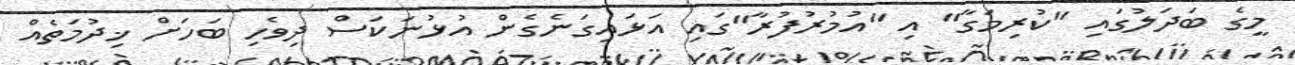
މީގެ ބަދަލުގައި "ކުރިމަގާ" އި "އުމުރުފުރާ"ގައި އަޅައިގަނެގެން އުޅުނަކަސް ދިވެހި ބަހަށް ޚިދުމަތެއް